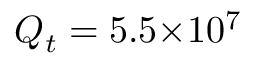
Q _ { t } = 5 . 5 { \times } 1 0 ^ { 7 }